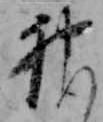
神